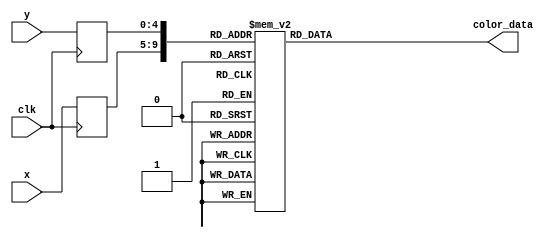
module skill1_rom(
        input wire clk,
        input wire [4:0] x,
        input wire [4:0] y,
        output reg [11:0] color_data
);

    (* rom_style = "block" *)

    //signal declaration
    reg [4:0] x_reg;
    reg [4:0] y_reg;

    always @(posedge clk) begin
        x_reg <= x;
        y_reg <= y;
    end

    always @*
        case ({x_reg, y_reg})
					// right: 5'd19, bottom: 5'd17
			{5'd0, 5'd0}: color_data = 12'h000;
			{5'd0, 5'd1}: color_data = 12'h000;
			{5'd0, 5'd2}: color_data = 12'h000;
			{5'd0, 5'd3}: color_data = 12'h000;
			{5'd0, 5'd4}: color_data = 12'h000;
			{5'd0, 5'd5}: color_data = 12'h000;
			{5'd0, 5'd6}: color_data = 12'h000;
			{5'd0, 5'd7}: color_data = 12'h000;
			{5'd0, 5'd8}: color_data = 12'h000;
			{5'd0, 5'd9}: color_data = 12'h000;
			{5'd0, 5'd10}: color_data = 12'h000;
			{5'd0, 5'd11}: color_data = 12'h000;
			{5'd0, 5'd12}: color_data = 12'h000;
			{5'd0, 5'd13}: color_data = 12'h000;
			{5'd0, 5'd14}: color_data = 12'h000;
			{5'd0, 5'd15}: color_data = 12'h000;
			{5'd0, 5'd16}: color_data = 12'h000;
			{5'd0, 5'd17}: color_data = 12'h000;
			{5'd1, 5'd0}: color_data = 12'h000;
			{5'd1, 5'd1}: color_data = 12'h000;
			{5'd1, 5'd2}: color_data = 12'h000;
			{5'd1, 5'd3}: color_data = 12'h000;
			{5'd1, 5'd4}: color_data = 12'h000;
			{5'd1, 5'd5}: color_data = 12'h000;
			{5'd1, 5'd6}: color_data = 12'h000;
			{5'd1, 5'd7}: color_data = 12'h000;
			{5'd1, 5'd8}: color_data = 12'h000;
			{5'd1, 5'd9}: color_data = 12'h000;
			{5'd1, 5'd10}: color_data = 12'h000;
			{5'd1, 5'd11}: color_data = 12'h000;
			{5'd1, 5'd12}: color_data = 12'h000;
			{5'd1, 5'd13}: color_data = 12'h000;
			{5'd1, 5'd14}: color_data = 12'h000;
			{5'd1, 5'd15}: color_data = 12'h000;
			{5'd1, 5'd16}: color_data = 12'h000;
			{5'd1, 5'd17}: color_data = 12'h000;
			{5'd2, 5'd0}: color_data = 12'h000;
			{5'd2, 5'd1}: color_data = 12'h000;
			{5'd2, 5'd2}: color_data = 12'h000;
			{5'd2, 5'd3}: color_data = 12'h000;
			{5'd2, 5'd4}: color_data = 12'h000;
			{5'd2, 5'd5}: color_data = 12'h000;
			{5'd2, 5'd6}: color_data = 12'h000;
			{5'd2, 5'd7}: color_data = 12'h000;
			{5'd2, 5'd8}: color_data = 12'h000;
			{5'd2, 5'd9}: color_data = 12'h000;
			{5'd2, 5'd10}: color_data = 12'h000;
			{5'd2, 5'd11}: color_data = 12'h000;
			{5'd2, 5'd12}: color_data = 12'h000;
			{5'd2, 5'd13}: color_data = 12'h000;
			{5'd2, 5'd14}: color_data = 12'h000;
			{5'd2, 5'd15}: color_data = 12'h000;
			{5'd2, 5'd16}: color_data = 12'h000;
			{5'd2, 5'd17}: color_data = 12'h000;
			{5'd3, 5'd0}: color_data = 12'h000;
			{5'd3, 5'd1}: color_data = 12'h000;
			{5'd3, 5'd2}: color_data = 12'h000;
			{5'd3, 5'd3}: color_data = 12'h000;
			{5'd3, 5'd4}: color_data = 12'h000;
			{5'd3, 5'd5}: color_data = 12'h000;
			{5'd3, 5'd6}: color_data = 12'h000;
			{5'd3, 5'd7}: color_data = 12'h000;
			{5'd3, 5'd8}: color_data = 12'h000;
			{5'd3, 5'd9}: color_data = 12'h000;
			{5'd3, 5'd10}: color_data = 12'h000;
			{5'd3, 5'd11}: color_data = 12'h000;
			{5'd3, 5'd12}: color_data = 12'h000;
			{5'd3, 5'd13}: color_data = 12'h000;
			{5'd3, 5'd14}: color_data = 12'h000;
			{5'd3, 5'd15}: color_data = 12'h000;
			{5'd3, 5'd16}: color_data = 12'h000;
			{5'd3, 5'd17}: color_data = 12'h000;
			{5'd4, 5'd0}: color_data = 12'h000;
			{5'd4, 5'd1}: color_data = 12'h000;
			{5'd4, 5'd2}: color_data = 12'h000;
			{5'd4, 5'd3}: color_data = 12'h000;
			{5'd4, 5'd4}: color_data = 12'h000;
			{5'd4, 5'd5}: color_data = 12'h000;
			{5'd4, 5'd6}: color_data = 12'h000;
			{5'd4, 5'd7}: color_data = 12'h000;
			{5'd4, 5'd8}: color_data = 12'h000;
			{5'd4, 5'd9}: color_data = 12'h000;
			{5'd4, 5'd10}: color_data = 12'h000;
			{5'd4, 5'd11}: color_data = 12'h000;
			{5'd4, 5'd12}: color_data = 12'h000;
			{5'd4, 5'd13}: color_data = 12'h000;
			{5'd4, 5'd14}: color_data = 12'h000;
			{5'd4, 5'd15}: color_data = 12'h000;
			{5'd4, 5'd16}: color_data = 12'h000;
			{5'd4, 5'd17}: color_data = 12'h000;
			{5'd5, 5'd0}: color_data = 12'h000;
			{5'd5, 5'd1}: color_data = 12'h000;
			{5'd5, 5'd2}: color_data = 12'h000;
			{5'd5, 5'd3}: color_data = 12'h000;
			{5'd5, 5'd4}: color_data = 12'h000;
			{5'd5, 5'd5}: color_data = 12'h000;
			{5'd5, 5'd6}: color_data = 12'h000;
			{5'd5, 5'd7}: color_data = 12'h000;
			{5'd5, 5'd8}: color_data = 12'h000;
			{5'd5, 5'd9}: color_data = 12'h000;
			{5'd5, 5'd10}: color_data = 12'h000;
			{5'd5, 5'd11}: color_data = 12'h000;
			{5'd5, 5'd12}: color_data = 12'h000;
			{5'd5, 5'd13}: color_data = 12'h000;
			{5'd5, 5'd14}: color_data = 12'h000;
			{5'd5, 5'd15}: color_data = 12'h000;
			{5'd5, 5'd16}: color_data = 12'h000;
			{5'd5, 5'd17}: color_data = 12'h000;
			{5'd6, 5'd0}: color_data = 12'h000;
			{5'd6, 5'd1}: color_data = 12'h000;
			{5'd6, 5'd2}: color_data = 12'h000;
			{5'd6, 5'd3}: color_data = 12'h000;
			{5'd6, 5'd4}: color_data = 12'h000;
			{5'd6, 5'd5}: color_data = 12'h000;
			{5'd6, 5'd6}: color_data = 12'h000;
			{5'd6, 5'd7}: color_data = 12'h641;
			{5'd6, 5'd8}: color_data = 12'h984;
			{5'd6, 5'd9}: color_data = 12'h741;
			{5'd6, 5'd10}: color_data = 12'h210;
			{5'd6, 5'd11}: color_data = 12'h000;
			{5'd6, 5'd12}: color_data = 12'h000;
			{5'd6, 5'd13}: color_data = 12'h000;
			{5'd6, 5'd14}: color_data = 12'h000;
			{5'd6, 5'd15}: color_data = 12'h000;
			{5'd6, 5'd16}: color_data = 12'h000;
			{5'd6, 5'd17}: color_data = 12'h000;
			{5'd7, 5'd0}: color_data = 12'h000;
			{5'd7, 5'd1}: color_data = 12'h000;
			{5'd7, 5'd2}: color_data = 12'h000;
			{5'd7, 5'd3}: color_data = 12'h000;
			{5'd7, 5'd4}: color_data = 12'h000;
			{5'd7, 5'd5}: color_data = 12'h000;
			{5'd7, 5'd6}: color_data = 12'h000;
			{5'd7, 5'd7}: color_data = 12'h851;
			{5'd7, 5'd8}: color_data = 12'heb5;
			{5'd7, 5'd9}: color_data = 12'ha61;
			{5'd7, 5'd10}: color_data = 12'h630;
			{5'd7, 5'd11}: color_data = 12'h100;
			{5'd7, 5'd12}: color_data = 12'h000;
			{5'd7, 5'd13}: color_data = 12'h000;
			{5'd7, 5'd14}: color_data = 12'h000;
			{5'd7, 5'd15}: color_data = 12'h000;
			{5'd7, 5'd16}: color_data = 12'h000;
			{5'd7, 5'd17}: color_data = 12'h000;
			{5'd8, 5'd0}: color_data = 12'h000;
			{5'd8, 5'd1}: color_data = 12'h000;
			{5'd8, 5'd2}: color_data = 12'h000;
			{5'd8, 5'd3}: color_data = 12'h000;
			{5'd8, 5'd4}: color_data = 12'h000;
			{5'd8, 5'd5}: color_data = 12'h000;
			{5'd8, 5'd6}: color_data = 12'h000;
			{5'd8, 5'd7}: color_data = 12'hc82;
			{5'd8, 5'd8}: color_data = 12'hfe9;
			{5'd8, 5'd9}: color_data = 12'hc81;
			{5'd8, 5'd10}: color_data = 12'ha60;
			{5'd8, 5'd11}: color_data = 12'h100;
			{5'd8, 5'd12}: color_data = 12'h000;
			{5'd8, 5'd13}: color_data = 12'h000;
			{5'd8, 5'd14}: color_data = 12'h000;
			{5'd8, 5'd15}: color_data = 12'h000;
			{5'd8, 5'd16}: color_data = 12'h000;
			{5'd8, 5'd17}: color_data = 12'h000;
			{5'd9, 5'd0}: color_data = 12'h000;
			{5'd9, 5'd1}: color_data = 12'h000;
			{5'd9, 5'd2}: color_data = 12'h000;
			{5'd9, 5'd3}: color_data = 12'h000;
			{5'd9, 5'd4}: color_data = 12'h000;
			{5'd9, 5'd5}: color_data = 12'h000;
			{5'd9, 5'd6}: color_data = 12'h000;
			{5'd9, 5'd7}: color_data = 12'hc82;
			{5'd9, 5'd8}: color_data = 12'hfe9;
			{5'd9, 5'd9}: color_data = 12'hc81;
			{5'd9, 5'd10}: color_data = 12'ha60;
			{5'd9, 5'd11}: color_data = 12'h100;
			{5'd9, 5'd12}: color_data = 12'h000;
			{5'd9, 5'd13}: color_data = 12'h000;
			{5'd9, 5'd14}: color_data = 12'h000;
			{5'd9, 5'd15}: color_data = 12'h000;
			{5'd9, 5'd16}: color_data = 12'h000;
			{5'd9, 5'd17}: color_data = 12'h000;
			{5'd10, 5'd0}: color_data = 12'h000;
			{5'd10, 5'd1}: color_data = 12'h000;
			{5'd10, 5'd2}: color_data = 12'h000;
			{5'd10, 5'd3}: color_data = 12'h000;
			{5'd10, 5'd4}: color_data = 12'h000;
			{5'd10, 5'd5}: color_data = 12'h000;
			{5'd10, 5'd6}: color_data = 12'h000;
			{5'd10, 5'd7}: color_data = 12'hb71;
			{5'd10, 5'd8}: color_data = 12'hfb4;
			{5'd10, 5'd9}: color_data = 12'hb70;
			{5'd10, 5'd10}: color_data = 12'h950;
			{5'd10, 5'd11}: color_data = 12'h100;
			{5'd10, 5'd12}: color_data = 12'h000;
			{5'd10, 5'd13}: color_data = 12'h000;
			{5'd10, 5'd14}: color_data = 12'h000;
			{5'd10, 5'd15}: color_data = 12'h000;
			{5'd10, 5'd16}: color_data = 12'h000;
			{5'd10, 5'd17}: color_data = 12'h000;
			{5'd11, 5'd0}: color_data = 12'h000;
			{5'd11, 5'd1}: color_data = 12'h000;
			{5'd11, 5'd2}: color_data = 12'h000;
			{5'd11, 5'd3}: color_data = 12'h000;
			{5'd11, 5'd4}: color_data = 12'h000;
			{5'd11, 5'd5}: color_data = 12'h000;
			{5'd11, 5'd6}: color_data = 12'h000;
			{5'd11, 5'd7}: color_data = 12'h530;
			{5'd11, 5'd8}: color_data = 12'h730;
			{5'd11, 5'd9}: color_data = 12'h420;
			{5'd11, 5'd10}: color_data = 12'h310;
			{5'd11, 5'd11}: color_data = 12'h000;
			{5'd11, 5'd12}: color_data = 12'h000;
			{5'd11, 5'd13}: color_data = 12'h000;
			{5'd11, 5'd14}: color_data = 12'h000;
			{5'd11, 5'd15}: color_data = 12'h000;
			{5'd11, 5'd16}: color_data = 12'h000;
			{5'd11, 5'd17}: color_data = 12'h000;
			{5'd12, 5'd0}: color_data = 12'h000;
			{5'd12, 5'd1}: color_data = 12'h000;
			{5'd12, 5'd2}: color_data = 12'h000;
			{5'd12, 5'd3}: color_data = 12'h000;
			{5'd12, 5'd4}: color_data = 12'h000;
			{5'd12, 5'd5}: color_data = 12'h000;
			{5'd12, 5'd6}: color_data = 12'h000;
			{5'd12, 5'd7}: color_data = 12'hc72;
			{5'd12, 5'd8}: color_data = 12'hfc7;
			{5'd12, 5'd9}: color_data = 12'h741;
			{5'd12, 5'd10}: color_data = 12'h940;
			{5'd12, 5'd11}: color_data = 12'h100;
			{5'd12, 5'd12}: color_data = 12'h000;
			{5'd12, 5'd13}: color_data = 12'h000;
			{5'd12, 5'd14}: color_data = 12'h000;
			{5'd12, 5'd15}: color_data = 12'h000;
			{5'd12, 5'd16}: color_data = 12'h000;
			{5'd12, 5'd17}: color_data = 12'h000;
			{5'd13, 5'd0}: color_data = 12'h000;
			{5'd13, 5'd1}: color_data = 12'h000;
			{5'd13, 5'd2}: color_data = 12'h000;
			{5'd13, 5'd3}: color_data = 12'h000;
			{5'd13, 5'd4}: color_data = 12'h000;
			{5'd13, 5'd5}: color_data = 12'h000;
			{5'd13, 5'd6}: color_data = 12'h000;
			{5'd13, 5'd7}: color_data = 12'h853;
			{5'd13, 5'd8}: color_data = 12'hfda;
			{5'd13, 5'd9}: color_data = 12'h741;
			{5'd13, 5'd10}: color_data = 12'h620;
			{5'd13, 5'd11}: color_data = 12'h000;
			{5'd13, 5'd12}: color_data = 12'h000;
			{5'd13, 5'd13}: color_data = 12'h000;
			{5'd13, 5'd14}: color_data = 12'h000;
			{5'd13, 5'd15}: color_data = 12'h000;
			{5'd13, 5'd16}: color_data = 12'h000;
			{5'd13, 5'd17}: color_data = 12'h000;
			{5'd14, 5'd0}: color_data = 12'h000;
			{5'd14, 5'd1}: color_data = 12'h000;
			{5'd14, 5'd2}: color_data = 12'h000;
			{5'd14, 5'd3}: color_data = 12'h000;
			{5'd14, 5'd4}: color_data = 12'h000;
			{5'd14, 5'd5}: color_data = 12'h000;
			{5'd14, 5'd6}: color_data = 12'h000;
			{5'd14, 5'd7}: color_data = 12'h432;
			{5'd14, 5'd8}: color_data = 12'hfc8;
			{5'd14, 5'd9}: color_data = 12'h951;
			{5'd14, 5'd10}: color_data = 12'h310;
			{5'd14, 5'd11}: color_data = 12'h000;
			{5'd14, 5'd12}: color_data = 12'h000;
			{5'd14, 5'd13}: color_data = 12'h000;
			{5'd14, 5'd14}: color_data = 12'h000;
			{5'd14, 5'd15}: color_data = 12'h000;
			{5'd14, 5'd16}: color_data = 12'h000;
			{5'd14, 5'd17}: color_data = 12'h000;
			{5'd15, 5'd0}: color_data = 12'h000;
			{5'd15, 5'd1}: color_data = 12'h000;
			{5'd15, 5'd2}: color_data = 12'h000;
			{5'd15, 5'd3}: color_data = 12'h000;
			{5'd15, 5'd4}: color_data = 12'h000;
			{5'd15, 5'd5}: color_data = 12'h000;
			{5'd15, 5'd6}: color_data = 12'h000;
			{5'd15, 5'd7}: color_data = 12'h200;
			{5'd15, 5'd8}: color_data = 12'h864;
			{5'd15, 5'd9}: color_data = 12'h631;
			{5'd15, 5'd10}: color_data = 12'h310;
			{5'd15, 5'd11}: color_data = 12'h000;
			{5'd15, 5'd12}: color_data = 12'h000;
			{5'd15, 5'd13}: color_data = 12'h000;
			{5'd15, 5'd14}: color_data = 12'h000;
			{5'd15, 5'd15}: color_data = 12'h000;
			{5'd15, 5'd16}: color_data = 12'h000;
			{5'd15, 5'd17}: color_data = 12'h000;
			{5'd16, 5'd0}: color_data = 12'h000;
			{5'd16, 5'd1}: color_data = 12'h000;
			{5'd16, 5'd2}: color_data = 12'h000;
			{5'd16, 5'd3}: color_data = 12'h000;
			{5'd16, 5'd4}: color_data = 12'h000;
			{5'd16, 5'd5}: color_data = 12'h000;
			{5'd16, 5'd6}: color_data = 12'h000;
			{5'd16, 5'd7}: color_data = 12'h000;
			{5'd16, 5'd8}: color_data = 12'h000;
			{5'd16, 5'd9}: color_data = 12'h000;
			{5'd16, 5'd10}: color_data = 12'h000;
			{5'd16, 5'd11}: color_data = 12'h000;
			{5'd16, 5'd12}: color_data = 12'h000;
			{5'd16, 5'd13}: color_data = 12'h000;
			{5'd16, 5'd14}: color_data = 12'h000;
			{5'd16, 5'd15}: color_data = 12'h000;
			{5'd16, 5'd16}: color_data = 12'h000;
			{5'd16, 5'd17}: color_data = 12'h000;
			{5'd17, 5'd0}: color_data = 12'h000;
			{5'd17, 5'd1}: color_data = 12'h000;
			{5'd17, 5'd2}: color_data = 12'h000;
			{5'd17, 5'd3}: color_data = 12'h000;
			{5'd17, 5'd4}: color_data = 12'h000;
			{5'd17, 5'd5}: color_data = 12'h000;
			{5'd17, 5'd6}: color_data = 12'h000;
			{5'd17, 5'd7}: color_data = 12'h000;
			{5'd17, 5'd8}: color_data = 12'h000;
			{5'd17, 5'd9}: color_data = 12'h000;
			{5'd17, 5'd10}: color_data = 12'h000;
			{5'd17, 5'd11}: color_data = 12'h000;
			{5'd17, 5'd12}: color_data = 12'h000;
			{5'd17, 5'd13}: color_data = 12'h000;
			{5'd17, 5'd14}: color_data = 12'h000;
			{5'd17, 5'd15}: color_data = 12'h000;
			{5'd17, 5'd16}: color_data = 12'h000;
			{5'd17, 5'd17}: color_data = 12'h000;
			{5'd18, 5'd0}: color_data = 12'h000;
			{5'd18, 5'd1}: color_data = 12'h000;
			{5'd18, 5'd2}: color_data = 12'h000;
			{5'd18, 5'd3}: color_data = 12'h000;
			{5'd18, 5'd4}: color_data = 12'h000;
			{5'd18, 5'd5}: color_data = 12'h000;
			{5'd18, 5'd6}: color_data = 12'h000;
			{5'd18, 5'd7}: color_data = 12'h000;
			{5'd18, 5'd8}: color_data = 12'h000;
			{5'd18, 5'd9}: color_data = 12'h000;
			{5'd18, 5'd10}: color_data = 12'h000;
			{5'd18, 5'd11}: color_data = 12'h000;
			{5'd18, 5'd12}: color_data = 12'h000;
			{5'd18, 5'd13}: color_data = 12'h000;
			{5'd18, 5'd14}: color_data = 12'h000;
			{5'd18, 5'd15}: color_data = 12'h000;
			{5'd18, 5'd16}: color_data = 12'h000;
			{5'd18, 5'd17}: color_data = 12'h000;
			{5'd19, 5'd0}: color_data = 12'h000;
			{5'd19, 5'd1}: color_data = 12'h000;
			{5'd19, 5'd2}: color_data = 12'h000;
			{5'd19, 5'd3}: color_data = 12'h000;
			{5'd19, 5'd4}: color_data = 12'h000;
			{5'd19, 5'd5}: color_data = 12'h000;
			{5'd19, 5'd6}: color_data = 12'h000;
			{5'd19, 5'd7}: color_data = 12'h000;
			{5'd19, 5'd8}: color_data = 12'h000;
			{5'd19, 5'd9}: color_data = 12'h000;
			{5'd19, 5'd10}: color_data = 12'h000;
			{5'd19, 5'd11}: color_data = 12'h000;
			{5'd19, 5'd12}: color_data = 12'h000;
			{5'd19, 5'd13}: color_data = 12'h000;
			{5'd19, 5'd14}: color_data = 12'h000;
			{5'd19, 5'd15}: color_data = 12'h000;
			{5'd19, 5'd16}: color_data = 12'h000;
			{5'd19, 5'd17}: color_data = 12'h000;

default: color_data =12'h000;			
endcase
endmodule